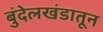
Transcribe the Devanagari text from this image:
बुंदेलखंडातून